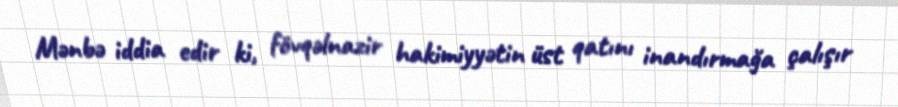
Mənbə iddia edir ki, fövqəlnazir hakimiyyətin üst qatını inandırmağa çalışır